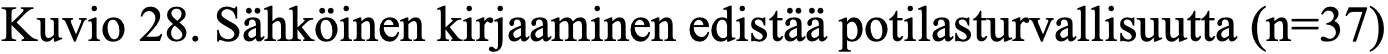
Kuvio 28. Sähköinen kirjaaminen edistää potilasturvallisuutta (n=37)